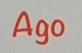
Ago